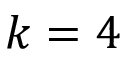
k = 4